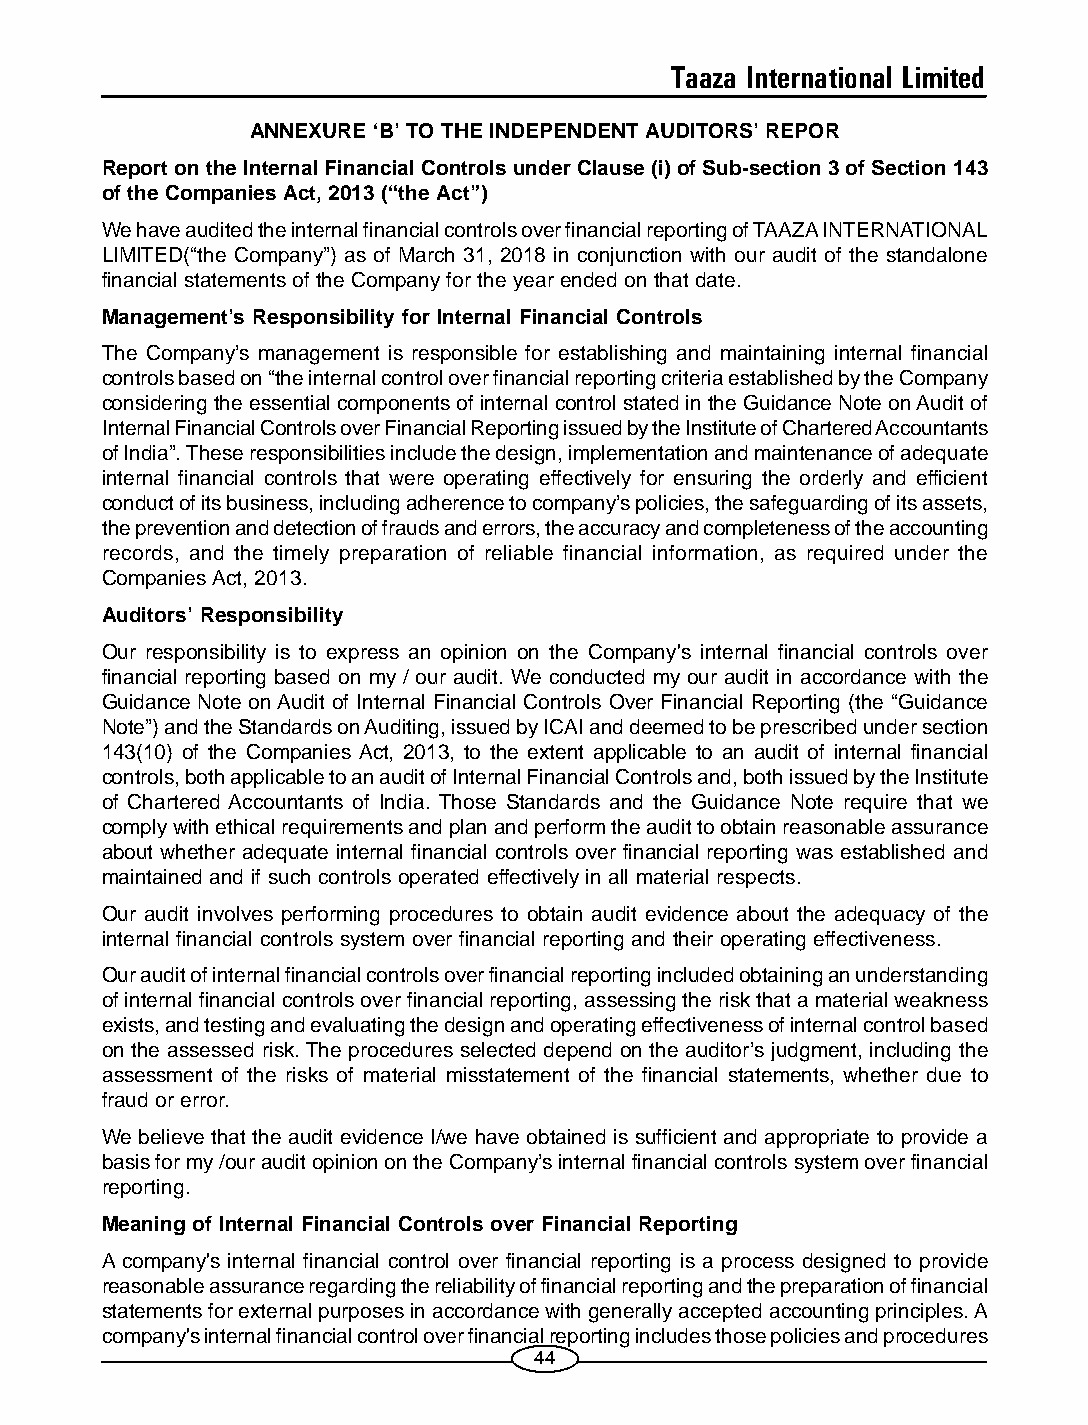
Taaza International Limited
 ANNEXURE ‘B’ TO THE INDEPENDENT AUDITORS’ REPOR
 Report on the Internal Financial Controls under Clause (i) of Sub-section 3 of Section 143
 of the Companies Act, 2013 (“the Act”)
 We have audited the internal financial controls over financial reporting of TAAZA INTERNATIONAL
 LIMITED(“the Company”) as of March 31, 2018 in conjunction with our audit of the standalone
 financial statements of the Company for the year ended on that date.
 Management’s Responsibility for Internal Financial Controls
 The Company’s management is responsible for establishing and maintaining internal financial
 controls based on “the internal control over financial reporting criteria established by the Company
 considering the essential components of internal control stated in the Guidance Note on Audit of
 Internal Financial Controls over Financial Reporting issued by the Institute of Chartered Accountants
 of India”. These responsibilities include the design, implementation and maintenance of adequate
 internal financial controls that were operating effectively for ensuring the orderly and efficient
 conduct of its business, including adherence to company’s policies, the safeguarding of its assets,
 the prevention and detection of frauds and errors, the accuracy and completeness of the accounting
 records, and the timely preparation of reliable financial information, as required under the
 Companies Act, 2013.
 Auditors’ Responsibility
 Our responsibility is to express an opinion on the Company's internal financial controls over
 financial reporting based on my / our audit. We conducted my our audit in accordance with the
 Guidance Note on Audit of Internal Financial Controls Over Financial Reporting (the “Guidance
 Note”) and the Standards on Auditing, issued by ICAI and deemed to be prescribed under section
 143(10) of the Companies Act, 2013, to the extent applicable to an audit of internal financial
 controls, both applicable to an audit of Internal Financial Controls and, both issued by the Institute
 of Chartered Accountants of India. Those Standards and the Guidance Note require that we
 comply with ethical requirements and plan and perform the audit to obtain reasonable assurance
 about whether adequate internal financial controls over financial reporting was established and
 maintained and if such controls operated effectively in all material respects.
 Our audit involves performing procedures to obtain audit evidence about the adequacy of the
 internal financial controls system over financial reporting and their operating effectiveness.
 Our audit of internal financial controls over financial reporting included obtaining an understanding
 of internal financial controls over financial reporting, assessing the risk that a material weakness
 exists, and testing and evaluating the design and operating effectiveness of internal control based
 on the assessed risk. The procedures selected depend on the auditor’s judgment, including the
 assessment of the risks of material misstatement of the financial statements, whether due to
 fraud or error.
 We believe that the audit evidence I/we have obtained is sufficient and appropriate to provide a
 basis for my /our audit opinion on the Company’s internal financial controls system over financial
 reporting.
 Meaning of Internal Financial Controls over Financial Reporting
 A company's internal financial control over financial reporting is a process designed to provide
 reasonable assurance regarding the reliability of financial reporting and the preparation of financial
 statements for external purposes in accordance with generally accepted accounting principles. A
 company's internal financial control over financial reporting includes those policies and procedures
 44